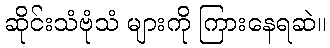
ဆိုင်းသံဗုံသံ များကို ကြားနေရဆဲ။